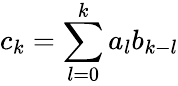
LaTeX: c_{k}=\sum_{l=0}^{k}a_{l}b_{k-l}